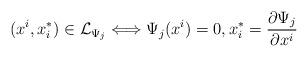
LaTeX: \begin{align*} (x^i,x^*_i)\in\mathcal{L}_{\Psi_j}\Longleftrightarrow \Psi_j(x^i)=0,x_i^* = \frac{\partial\Psi_j}{\partial x^i}\end{align*}